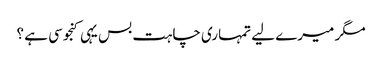
مگر میرے لیے تمہاری چاہت بس یہی کنجوسی ہے ؟